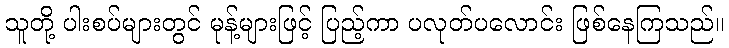
သူတို့ ပါးစပ်များတွင် မုန့်များဖြင့် ပြည့်ကာ ပလုတ်ပလောင်း ဖြစ်နေကြသည်။